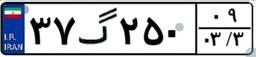
۳۷گ۲۵۰۰۹